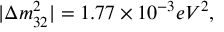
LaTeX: | \Delta m _ { 3 2 } ^ { 2 } | = 1 . 7 7 \times 1 0 ^ { - 3 } e V ^ { 2 } ,